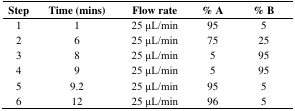
<table><thead><tr><td><b>Step</b></td><td><b>Time (mins)</b></td><td><b>Flow rate</b></td><td><b>% A</b></td><td><b>% B</b></td></tr></thead><tbody><tr><td>1</td><td>1</td><td>25 μL/min</td><td>95</td><td>5</td></tr><tr><td>2</td><td>6</td><td>25 μL/min</td><td>75</td><td>25</td></tr><tr><td>3</td><td>8</td><td>25 μL/min</td><td>5</td><td>95</td></tr><tr><td>4</td><td>9</td><td>25 μL/min</td><td>5</td><td>95</td></tr><tr><td>5</td><td>9.2</td><td>25 μL/min</td><td>95</td><td>5</td></tr><tr><td>6</td><td>12</td><td>25 μL/min</td><td>96</td><td>5</td></tr></tbody></table>